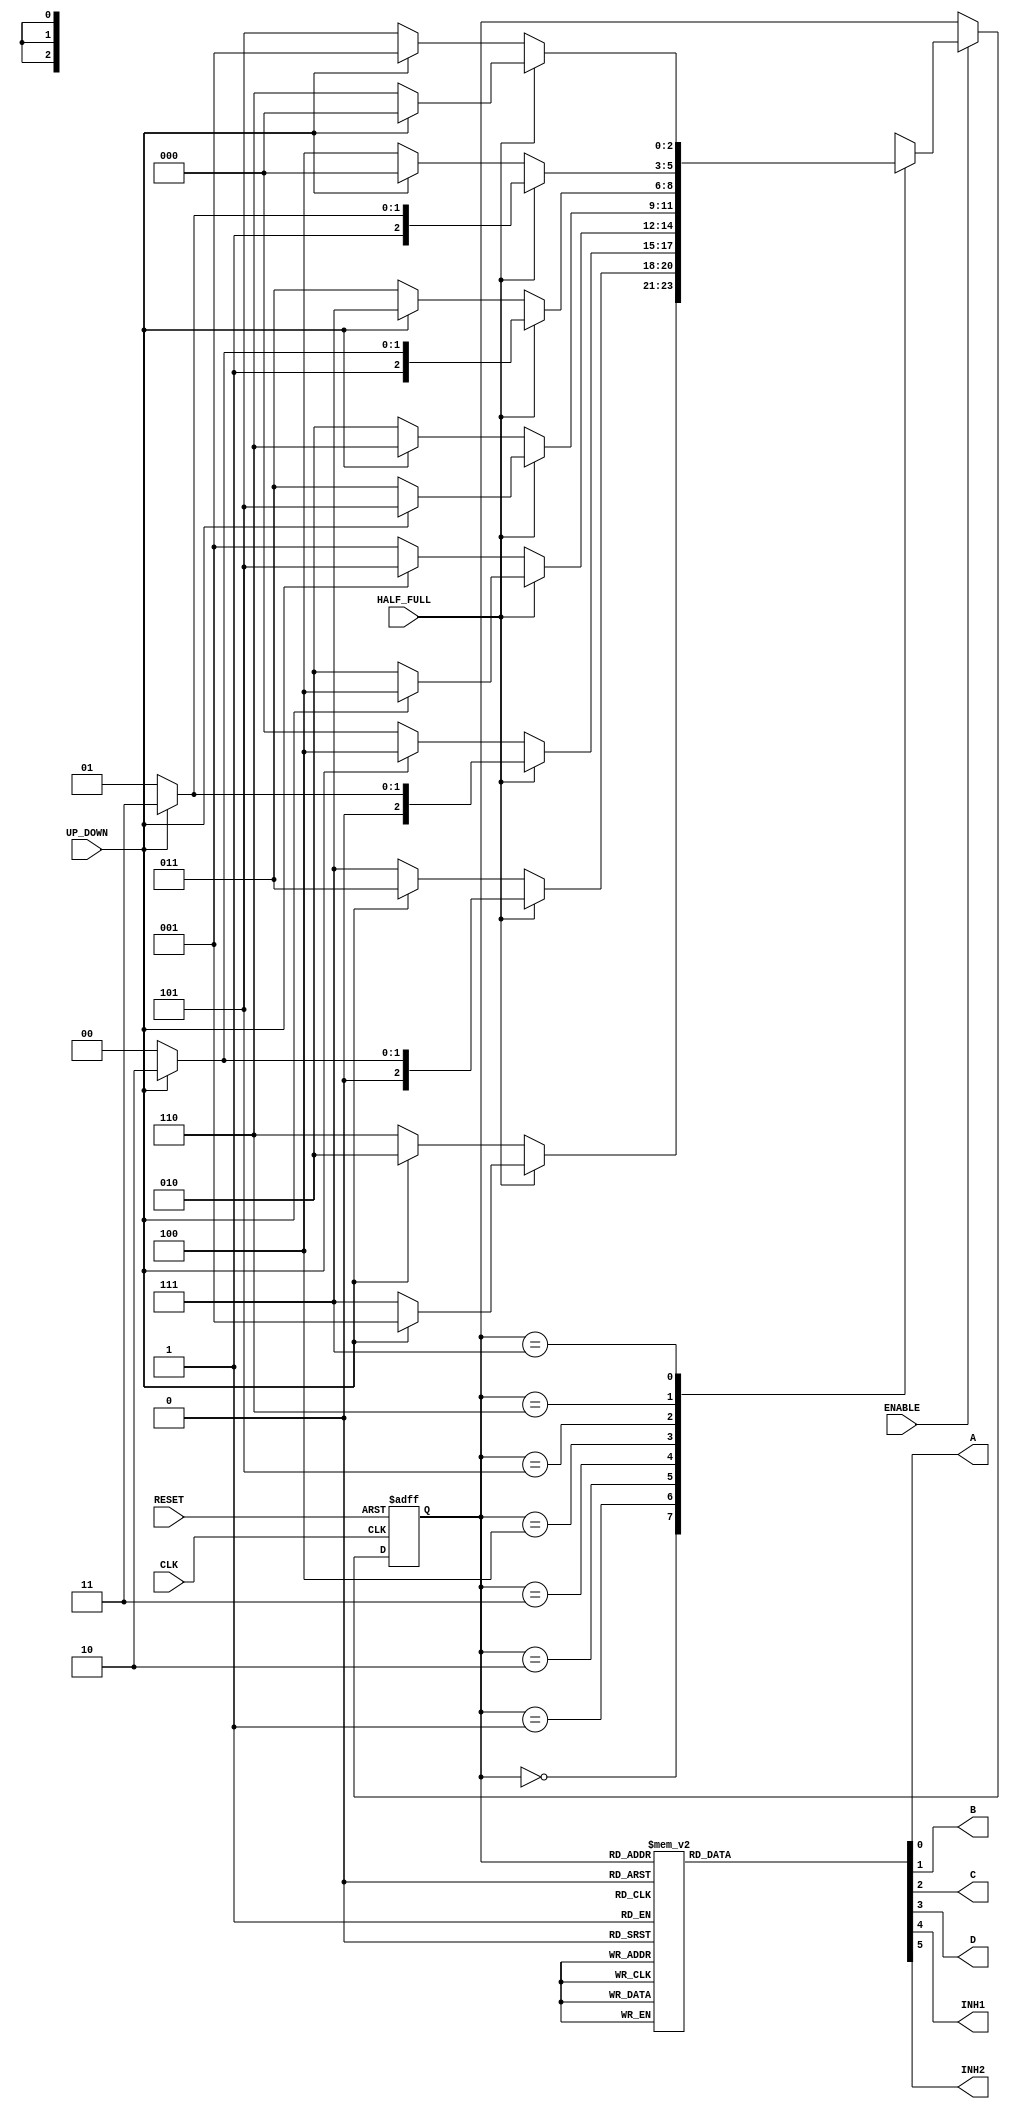
// -------------------------------------------------------------------------------------------------------------------------
// Universitat Politcnica de Valncia
// Escuela Tcnica Superior de Ingenieros de Telecomunicacin
// -------------------------------------------------------------------------------------------------------------------------
// Sistemas Digitales Programables
// Curso 2021 - 2022
// -------------------------------------------------------------------------------------------------------------------------
// Nombre del archivo: Lights_set.v
//
// Descripcin: Este cdigo Verilog implementa el decodificador del contador Johnson de la subtarea 3 de la Tarea 1. 
// Adems, se instancia el contador parametrizable de la Subtarea 1, y el registro de desplazamiento de la Subtarea 2.
// Su funcionalidad es:
//      - El contador (frequencia de 50 MHz) se emplear para habilitar con su salida TC la seal de enable del registro de desplazamiento,
//        de forma que el desplazamiento sea cada 0,25 segundos.
//      - iRST_n, activo a nivel bajo asincrono, lleva la maquina al estado 0
//      - iCLK, Reloj activo por flanco de subida
//      - ENABLE  activa a nivel alto, habilita el funcionamiento del controlador; es decir, mientras est activa el controlador debe hacer girar el motor (ir cambiando de estado).
//      - UP_DOWN sentido de giro del motor. Cuando est a nivel alto el motor gira en el sentido de las agujas del reloj, mientras que a nivel bajo lo hace en sentido contrario.
//      - HALF_FULL, esta lnea permite configurar el modo de funcionamiento. Cuando est a nivel alto el motor est en modo HALF, mientras que a nivel bajo el motor se configura en modo NORMAL o WAVE.
// -------------------------------------------------------------------------------------------------------------------------
//      Versin: V1.0                   | Fecha Modificacin: 27/10/2021
//
//      Autor: Jose Luis Rocabado Rocha
// 	    Autor: Rafael Matevosyan
//
// -------------------------------------------------------------------------------------------------------------------------

module control_motor (
    input CLK, RESET, UP_DOWN, HALF_FULL, ENABLE,
    output wire A, B, C, D, INH1, INH2
);

(* syn_encoding = "user"*) 
reg [2:0] Estado_actual, Estado_siguiente;
parameter S1 = 3'b000, S2 =3'b001, S3 =3'b010, S4 =3'b011, S5 =3'b100, S6 =3'b101, S7 =3'b110, S8 =3'b111;
reg [5:0] x;


always @(posedge CLK, negedge RESET) begin

    if(!RESET)
        Estado_actual <= S1;
    
    else
        if (ENABLE) begin
            Estado_actual <= Estado_siguiente;
        end
end

always @(Estado_actual) begin
    case (Estado_actual)
        S1: 
		  begin
                x[0] = 0;
                x[1] = 1;
                x[2] = 0;
                x[3] = 1;
                x[4] = 1;
                x[5] = 1;
			end

         S2:
            begin
                x[0] = 0;
                x[1] = 0;
                x[2] = 0;
                x[3] = 1;
                x[4] = 0;
                x[5] = 1;   
            end 
            

         S3: 
            begin
                x[0] = 1;
                x[1] = 0;
                x[2] = 0;
                x[3] = 1;
                x[4] = 1;
                x[5] = 1; 
            end 

         S4: 
            begin
                
                x[0] = 1;
                x[1] = 0;
                x[2] = 0;
                x[3] = 0;
                x[4] = 1;
                x[5] = 0;

            end
         S5: 
            begin
                x[0] = 1;
                x[1] = 0;
                x[2] = 1;
                x[3] = 0;
                x[4] = 1;
                x[5] = 1;

            end
         S6: 
            begin
                x[0] = 0;
                x[1] = 0;
                x[2] = 1;
                x[3] = 0;
                x[4] = 0;
                x[5] = 1;

            end
        S7: 
            begin
                x[0] = 0;
                x[1] = 1;
                x[2] = 1;
                x[3] = 0;
                x[4] = 1;
                x[5] = 1; 
 
            end
        S8: 
            begin
                x[0] = 0;
                x[1] = 1;
                x[2] = 0;
                x[3] = 0;
                x[4] = 1;
                x[5] = 0;
            end         
        default: x = 0;
    endcase

end

//Asignacion de los valores del vector x a las salidas mediante un assign
assign A = x[0];
assign B = x[1];
assign C = x[2];
assign D = x[3];
assign INH1 = x[4];
assign INH2 = x[5];

//Determinar el estado siguiente
always @(Estado_actual, ENABLE, UP_DOWN, HALF_FULL) 
    begin
    case (Estado_actual)
        S1:if(ENABLE)
					if (HALF_FULL) 
						if (UP_DOWN) 
                    Estado_siguiente = S2;
						else
                    Estado_siguiente = S8;
					else 
						if(UP_DOWN) 
                    Estado_siguiente = S3;
						else
                    Estado_siguiente = S7;
				else
					Estado_siguiente = S1;

        S2:if(ENABLE)
					if (HALF_FULL) 
						if (UP_DOWN) 
                    Estado_siguiente = S3;
						else
                    Estado_siguiente = S1;
					else 
						if(UP_DOWN) 
                    Estado_siguiente = S4;
						else
                    Estado_siguiente = S8;
				else
					Estado_siguiente = S2;

        S3:if(ENABLE)  
					if (HALF_FULL) 
						if (UP_DOWN) 
                    Estado_siguiente = S4;
						else
                    Estado_siguiente = S2;
					else 
						if(UP_DOWN) 
                    Estado_siguiente = S5;
						else
                    Estado_siguiente = S1;
				else
					Estado_siguiente = S3;  

        S4:if(ENABLE)  
					if (HALF_FULL) 
						if (UP_DOWN) 
                    Estado_siguiente = S5;
						else
                    Estado_siguiente = S3;
					else 
						if(UP_DOWN) 
                    Estado_siguiente = S6;
						else
                    Estado_siguiente = S2;
				else
					Estado_siguiente = S4;  

        S5:if(ENABLE)   
					if (HALF_FULL) 
						if (UP_DOWN) 
                    Estado_siguiente = S6;
						else
                    Estado_siguiente = S4;
					else 
						if(UP_DOWN) 
                    Estado_siguiente = S7;
						else
                    Estado_siguiente = S3; 
				else
					Estado_siguiente = S5;  

        S6:if(ENABLE) 
					if (HALF_FULL) 
						if (UP_DOWN) 
                    Estado_siguiente = S7;
						else
                    Estado_siguiente = S5;
					else 
						if(UP_DOWN) 
							Estado_siguiente = S8;
						else
                    Estado_siguiente = S4; 
				else
					Estado_siguiente = S6;

        S7:if(ENABLE)
					if (HALF_FULL) 
						if (UP_DOWN) 
                    Estado_siguiente = S8;
						else
                    Estado_siguiente = S6;
					else 
						if(UP_DOWN) 
                    Estado_siguiente = S1;
						else
                    Estado_siguiente = S5; 
				else
					Estado_siguiente = S7;

        S8:if(ENABLE)
					if (HALF_FULL) 
						if (UP_DOWN) 
                    Estado_siguiente = S1;
						else
                    Estado_siguiente = S7;
					else 
						if(UP_DOWN) 
                    Estado_siguiente = S2;
						else
                    Estado_siguiente = S6; 
				else
					Estado_siguiente = S8;

        default: Estado_siguiente = S1;
    endcase

    end

endmodule